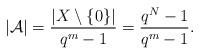
LaTeX: \begin{align*} |\mathcal{A}|=\frac{|X\setminus\{0\}|}{q^m-1} = \frac{q^N-1}{q^m-1}.\end{align*}